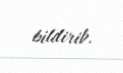
bildirib.